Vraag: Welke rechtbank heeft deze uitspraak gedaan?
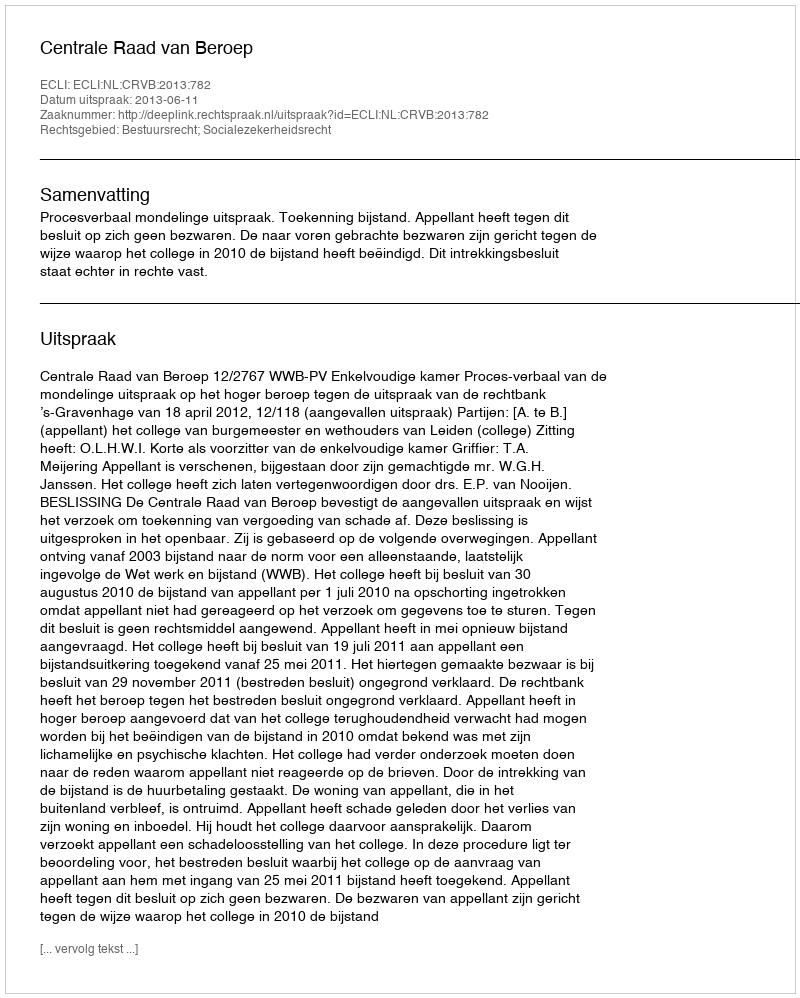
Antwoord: Centrale Raad van Beroep